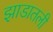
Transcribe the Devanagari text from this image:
झाडातली